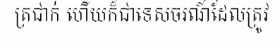
ត្រជាក់ ហើយក៏ជាទេសចរណ៍ដែលត្រូវ